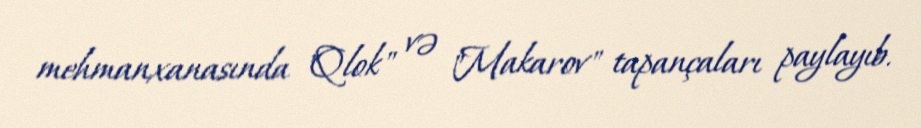
mehmanxanasında "Qlok" və "Makarov" tapançaları paylayıb.